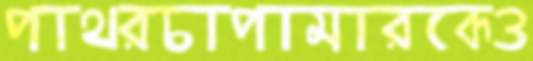
পাথরচাপামারকেও